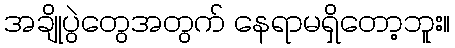
အချိုပွဲတွေအတွက် နေရာမရှိတော့ဘူး။